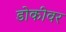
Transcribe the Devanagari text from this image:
डोकीवर